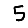
Digit: 5